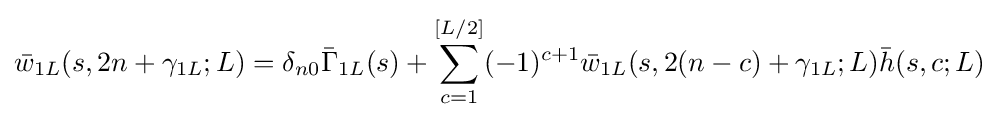
{\bar {w}}_{1L}(s,2n+\gamma _{1L};L)=\delta _{n0}{\bar {\Gamma }}_{1L}(s)+\sum _{c=1}^{[L/2]}(-1)^{c+1}{\bar {w}}_{1L}(s,2(n-c)+\gamma _{1L};L){\bar {h}}(s,c;L)